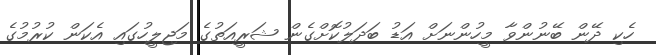
ހެކި ދޭން ބޭނުންވާ މީހުންނަށް އަޑު ބަދަލުކޮށްގެން ޝަރީއަތުގެ މަޖިލީހުގައި އެކަން ކުރުމުގެ